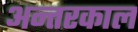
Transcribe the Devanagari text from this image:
अन्तरकाल